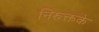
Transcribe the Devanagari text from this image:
निरुक्तके